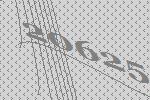
20625